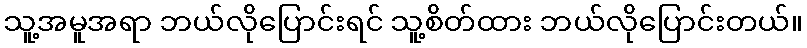
သူ့အမူအရာ ဘယ်လိုပြောင်းရင် သူ့စိတ်ထား ဘယ်လိုပြောင်းတယ်။